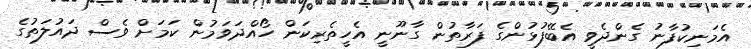
އެމަނިކުފާނު ގެންދެވީ އެބޭފުޅުންގެ ފަރާތުން ގާނޫނީ އެހީތެރިކަން ހޯއްދަވަމުން ކަމަށް ވެސް ދައުލަތުގެ